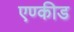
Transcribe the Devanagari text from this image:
एण्कीड